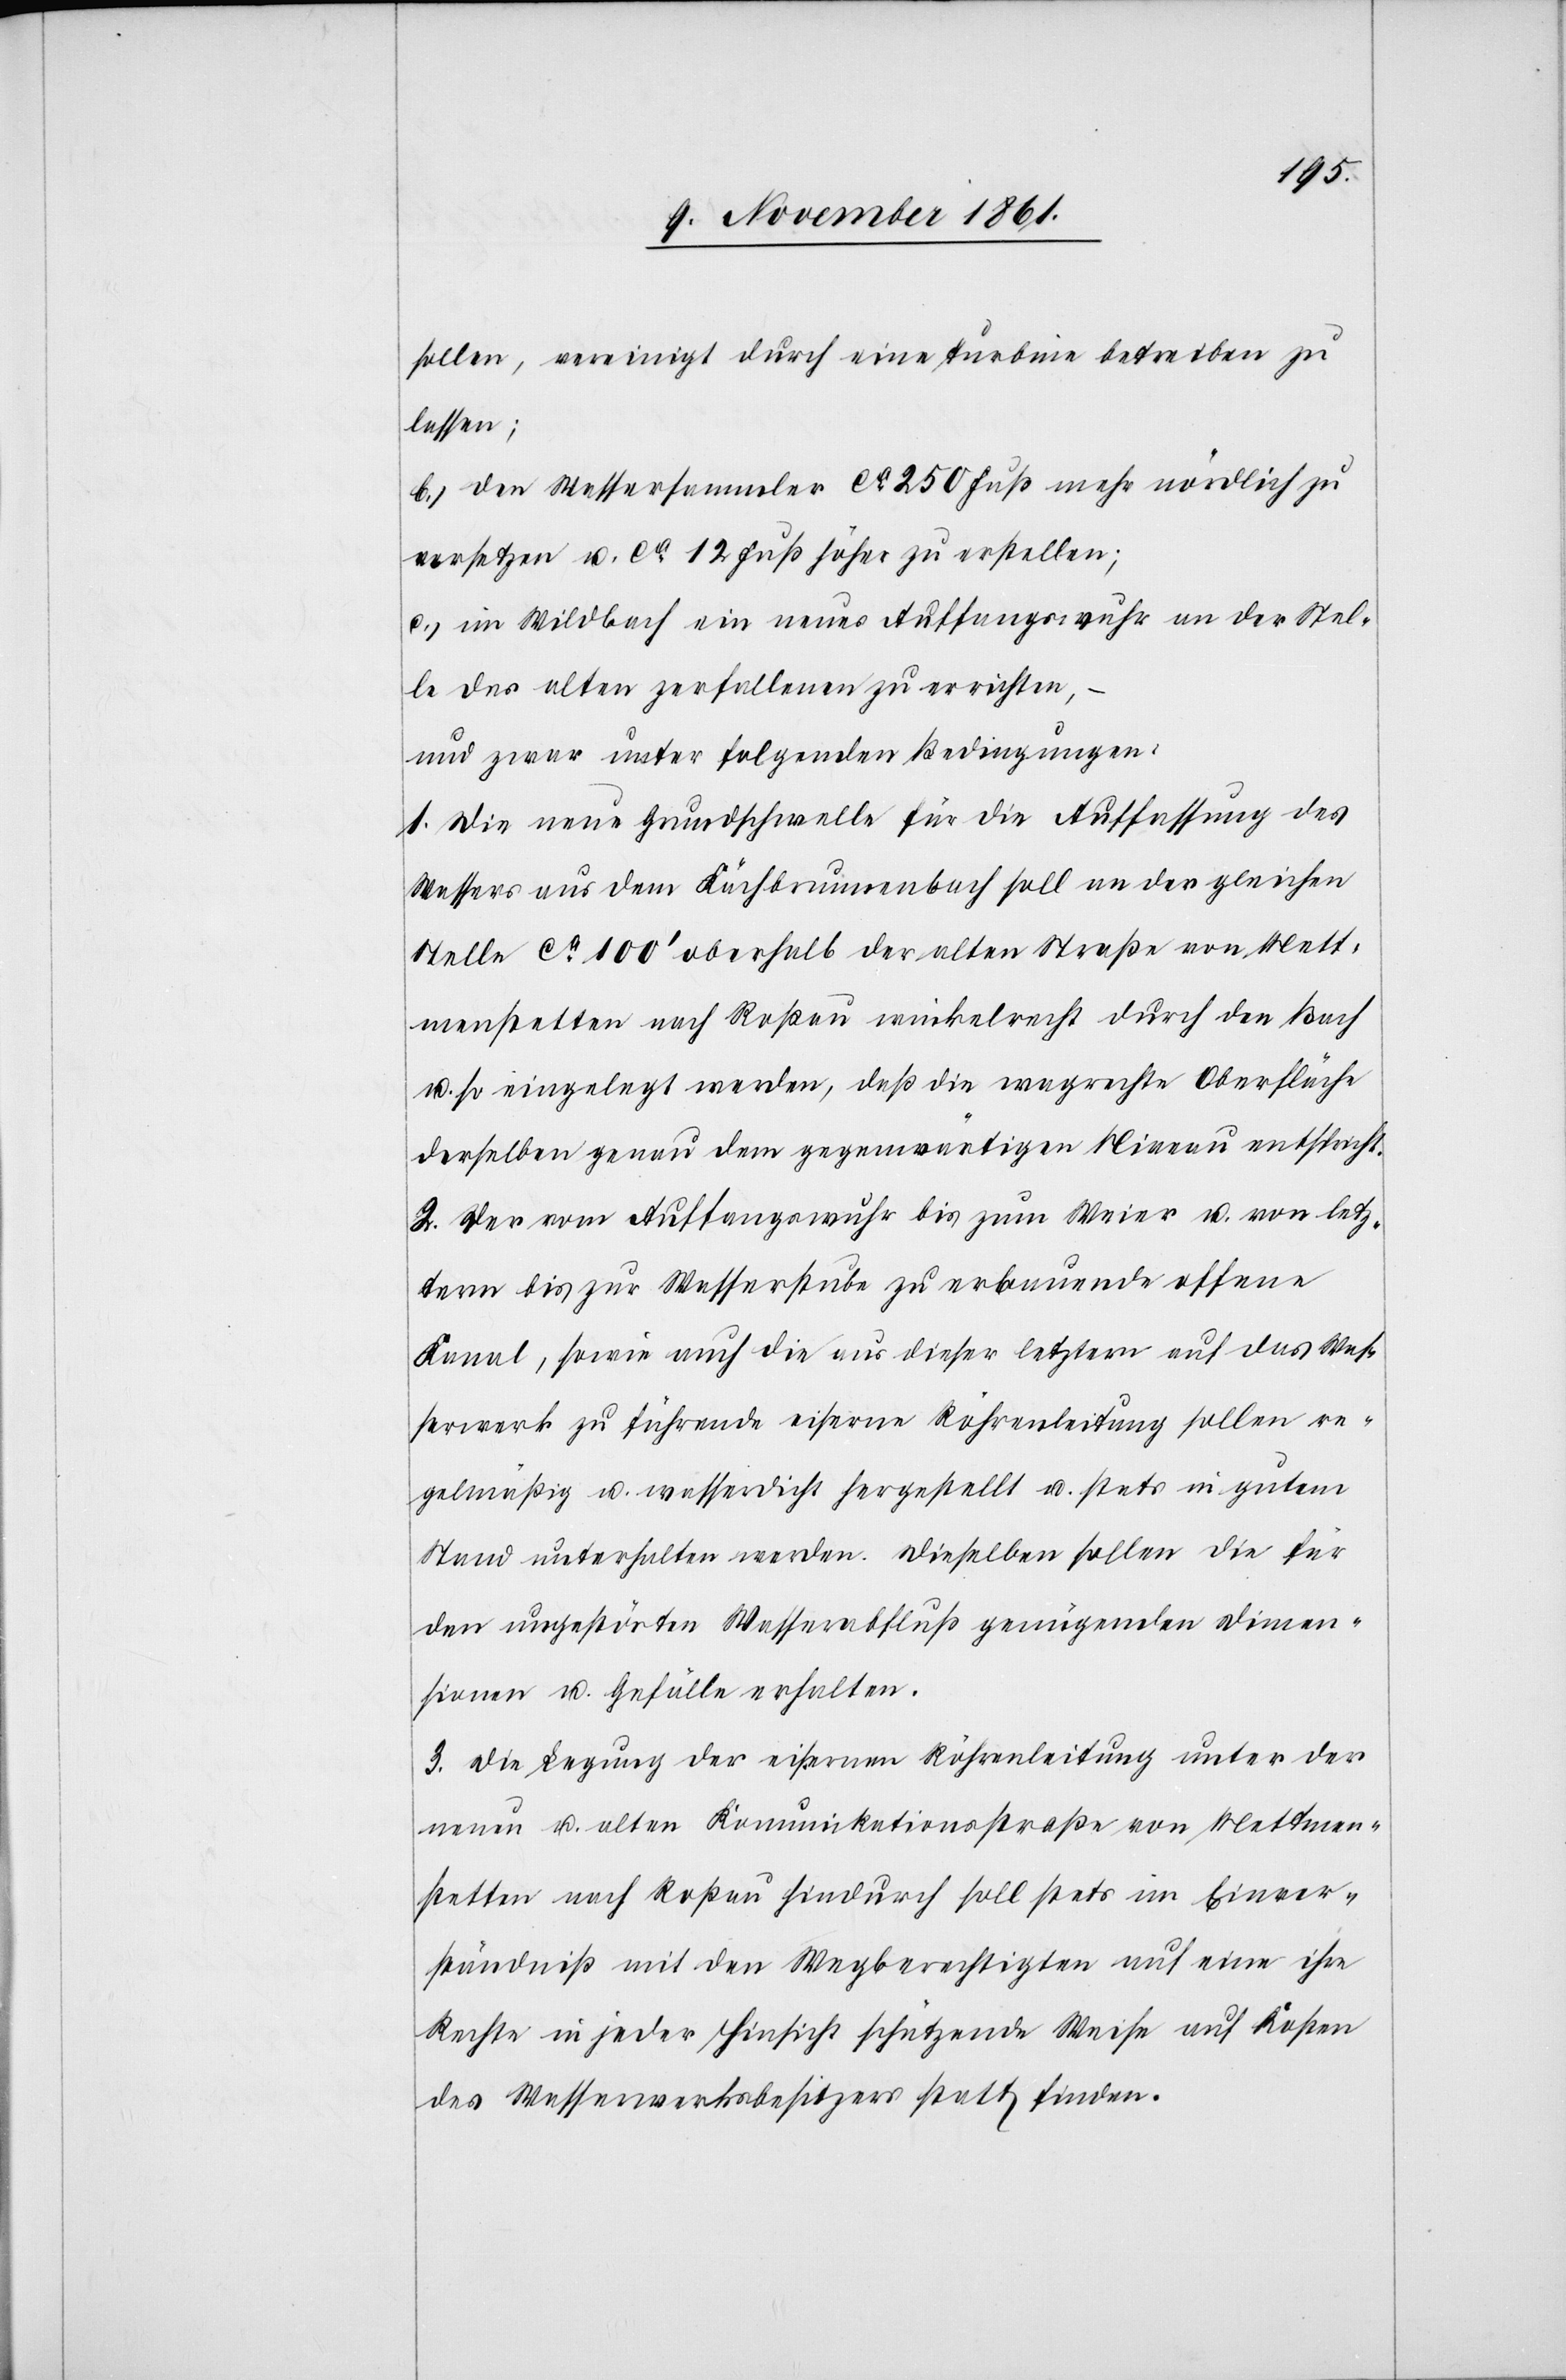
sollen, vereinigt durch eine Turbine betreiben zu
lassen;
b.) den Wassersammler ca 250 Fuß mehr nördlich zu
versetzen u. ca 12 Fuß höher zu erstellen;
c.) im Wildbach ein neues Auffangswuhr an der Stel¬
le des alten zerfallenen zu errichten,
und zwar unter folgenden Bedingungen:
1. Die neue Grundschwelle für die Auffassung des
Wassers aus dem Kächbrunnenbach soll an der gleichen
Stelle ca 100’ oberhalb der alten Straße von Mett¬
menstetten nach Roßau winkelrecht durch den Bach
u. so eingelegt werden, daß die wagrechte Oberfläche
derselben genau dem gegenwärtigen Niveau entspricht.
2. Der vom Auffangswuhr bis zum Weier u. vom letz¬
tern bis zur Wasserstube zu erbauende offene
Kanal, sowie auch die aus dieser letztern auf das Was¬
serwerk zu führende eiserne Röhrenleitung sollen re¬
gemäßig u. wasserdicht hergestellt u. stets in gutem
Stand unterhalten werden. Dieselben sollen die für
den ungestörten Wasserabfluß genügenden Dimen¬
sionen u. Gefälle erhalten.
3. Die Sequenz der eisern Röhrenleitung unter der
neuen u. alten Kommunikationsstraße von Mettmen¬
stetten nach Roßau hindurch soll stets im Einver¬
ständniß mit den Wegberechtigten auf einer ihre
Rechte in jeder Hinsicht schützende Weise auf Kosten
des Wasserwerksbesitzers statt finden.